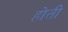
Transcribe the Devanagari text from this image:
होती